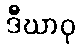
ဒီဃာဝု